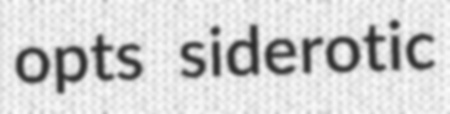
opts siderotic